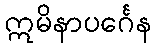
ဣမိနာပင်္ဂေန